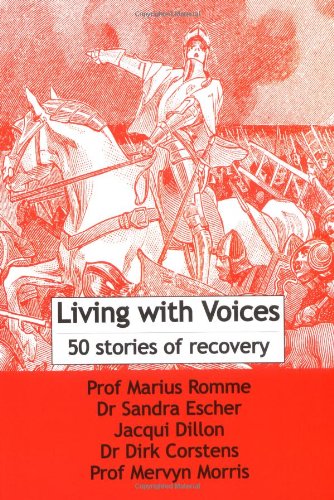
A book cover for Living with Voices: 50 Stories of Recovery; Health, Fitness & Dieting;